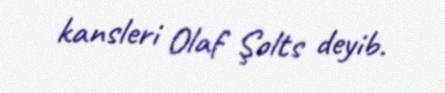
kansleri Olaf Şolts deyib.